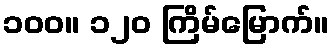
၁၀၀။ ၁၂၀ ကြိမ်မြောက်။